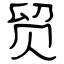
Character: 贸